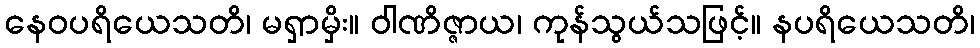
နေဝပရိယေသတိ၊ မရှာမှိး။ ဝါဏိဇ္ဇာယ၊ ကုန်သွယ်သဖြင့်။ နပရိယေသတိ၊